Scottish Leaving Certificate Examination, 1957
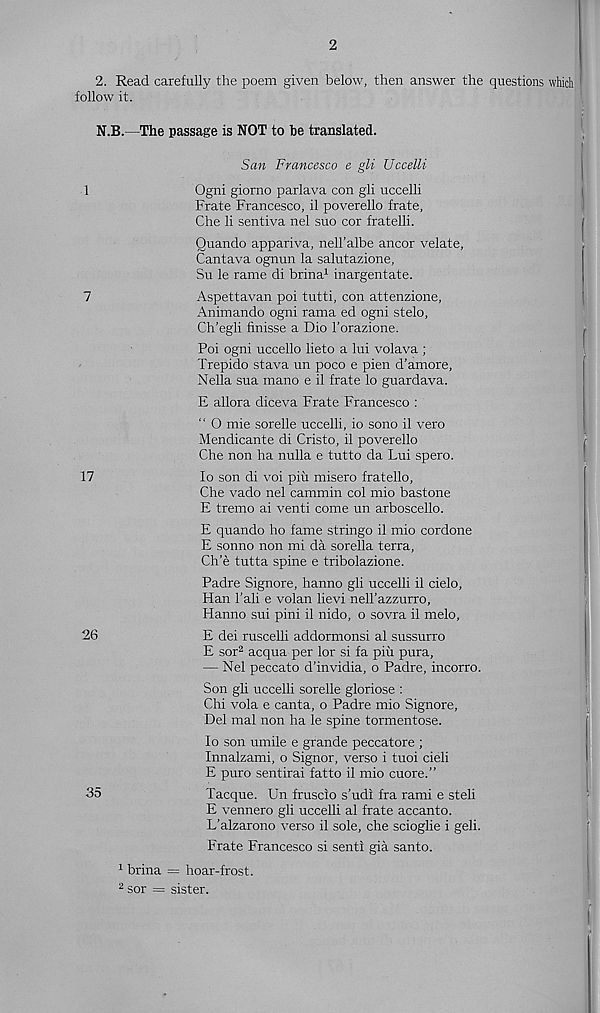
2
2. Read carefully the poem given below, then answer the questions which
follow it.
N.B.—The passage is NOT to be translated.
San Francesco e gli Uccelli
1
Ogni giorno parlava con gli uccelli
Frate Francesco, il poverello frate,
Che li sentiva nel suo cor fratelli.
Quando appariva, nell'albe ancor velate,
Cantava ognun la salutazione,
Su le rame di brina 1 inargentate.
7
Aspettavan poi tutti, con attenzione,
Animando ogni rama ed ogni stelo,
Ch’egli finisse a Dio 1’orazione.
Poi ogni uccello lieto a lui volava ;
Trepido stava un poco e pien d’amore,
Nella sua mano e il frate lo guardava.
E allora diceva Frate Francesco :
“ 0 mie sorelle uccelli, io sono il vero
Mendicante di Cristo, il poverello
Che non ha nulla e tutto da Lui spero.
17
lo son di voi piu misero fratello,
Che vado nel cammin col mio bastone
E tremo ai venti come un arboscello.
E quando ho fame stringo il mio cordone
E sonno non mi da sorella terra,
Ch’e tutta spine e tribolazione.
Padre Signore, hanno gli uccelli il cielo,
Han Tali e volan lievi nell’azzurro,
Hanno sui pini il nido, o sovra il melo,
26
E dei mscelli addormonsi al sussurro
E sor 2 acqua per lor si fa piu pura,
— Nel peccato d’invidia, o Padre, incorro.
Son gli uccelli sorelle gloriose :
Chi vola e canta, o Padre mio Signore,
Del mal non ha le spine tormentose.
lo son umile e grande peccatore ;
Innalzami, o Signor, verso i tuoi cieli
E puro sentirai fatto il mio cuore.”
35
Tacque. Un fruscio s’udi fra rami e steli
E vennero gli uccelli al frate accanto.
L’alzarono verso il sole, che scioglie i geli.
Frate Francesco si sent! gia santo.
1 brina — hoar-frost.
2 sor = sister.